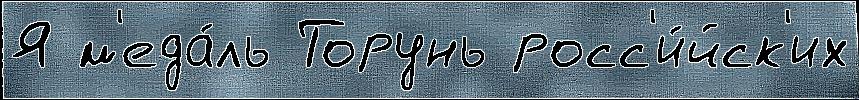
Я м'еда́ль Торунь росс'и́йск'их